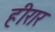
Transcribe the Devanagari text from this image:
हीरार